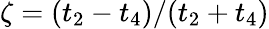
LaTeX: \zeta=(t_{2}-t_{4})/(t_{2}+t_{4})